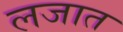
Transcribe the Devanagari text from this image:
लजात